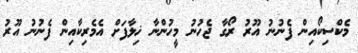
މެކްސިކޯއިން ފެނުނު އޫރު ރޯގާ ޖެހުނު މީހުންނާ ޚިލާފަށް އެމެރިކާއިން ފެނުނު އޫރު